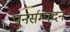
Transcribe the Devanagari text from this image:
पुनर्सम्पदन